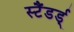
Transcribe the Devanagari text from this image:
स्टैंडर्ड्